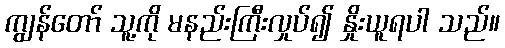
ကျွန်တော် သူ့ကို မနည်းကြီးလှုပ်၍ နှိုးယူရပါ သည်။